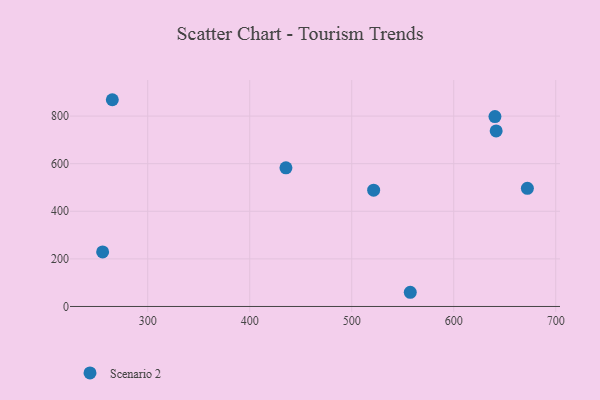
{"axis": {"x": "Investment", "y": "Rating"}, "legend": ["Scenario 2"], "data": [{"x": "640.4", "y": 797.9, "type": "Scenario 2"}, {"x": "255.8", "y": 229.3, "type": "Scenario 2"}, {"x": "265.3", "y": 868.7, "type": "Scenario 2"}, {"x": "557.4", "y": 59.7, "type": "Scenario 2"}, {"x": "435.5", "y": 582.7, "type": "Scenario 2"}, {"x": "641.6", "y": 737.5, "type": "Scenario 2"}, {"x": "521.5", "y": 488.6, "type": "Scenario 2"}, {"x": "672.2", "y": 496.6, "type": "Scenario 2"}]}